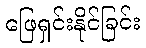
ဖြေရှင်းနိုင်ခြင်း